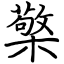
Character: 檠